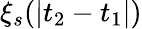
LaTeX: \xi_{s}(|t_{2}-t_{1}|)